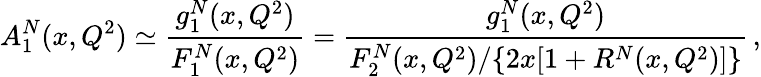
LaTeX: A_{1}^{N}(x,Q^{2})\simeq\frac{g_{1}^{N}(x,Q^{2})}{F_{1}^{N}(x,Q^{2})}=\frac{g_{1}^{N}(x,Q^{2})}{F_{2}^{N}(x,Q^{2})/\{ 2x[1+R^{N}(x,Q^{2})]\} }\, ,